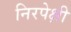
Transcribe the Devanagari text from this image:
निरपेक्षी